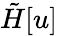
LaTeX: \tilde{H}[u]